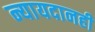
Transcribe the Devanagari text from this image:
न्यायदानही